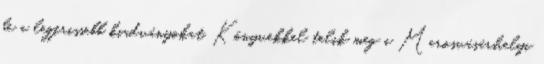
be a legfrissebb kiadványokat. Könyvekkel telik meg a Marosvásárhelyi